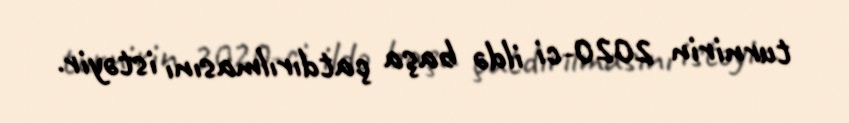
turnirin 2020-ci ildə başa çatdırılmasını istəyir.